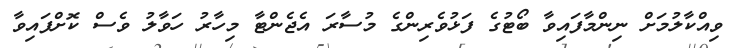
ވިއްކާލުމަށް ނިންމާފައިވާ ބޯޓުގެ ފަޅުވެރިންގެ މުސާރަ އެޖެންޓާ މިހާރު ހަވާލު ވެސް ކޮށްފައިވާ